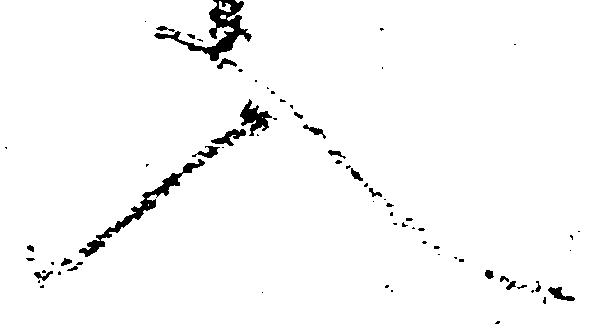
入